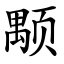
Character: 颙